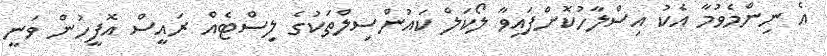
އެ ނިންމެވުމާ އެކު އިސްލާހުކޮށްފައިވާ ލޯކަލް ކައުންސިލްތަކުގެ ލިސްޓެއް ރައީސް އޮފީހުން ވަނީ